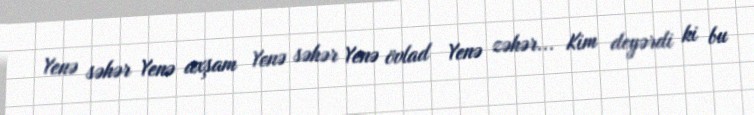
Yenə səhər Yenə axşam Yenə səhər Yenə övlad Yenə zəhər... Kim deyərdi ki bu